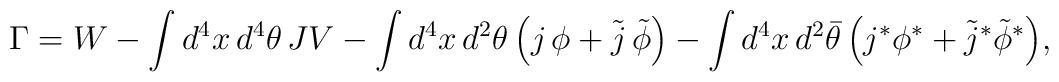
\Gamma = W - \int d^4x\,d^4\theta\,J V- \int d^4x\,d^2\theta\, \Big(j\,\phi + \tilde j\,\tilde\phi \Big)- \int d^4x\,d^2\bar\theta\,\Big(j^*\phi^* + \tilde j^* \tilde\phi^* \Big),